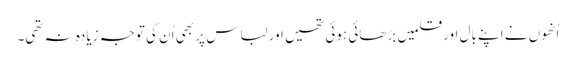
اُنھوں نے اپنے بال اورقلمیں بڑھائی ہوئی تھیں اور لباس پر بھی اُن کی توجہ زیادہ نہ تھی۔